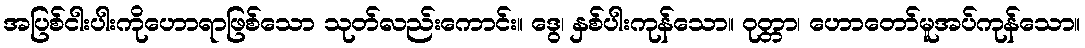
အပြစ်ငါးပါးကိုဟောရာဖြစ်သော သုတ်လည်းကောင်း။ ဒွေ၊ နှစ်ပါးကုန်သော။ ဝုတ္တာ၊ ဟောတော်မူအပ်ကုန်သော။